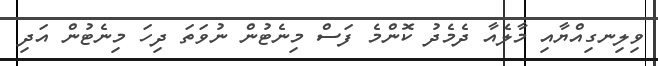
ވިލިނގިއްޔާއި މާލެއާ ދެމެދު ކޮންމެ ފަސް މިނެޓުން ނުވަތަ ދިހަ މިނެޓުން އަދި